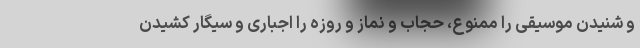
و شنیدن موسیقی را ممنوع، حجاب و نماز و روزه را اجباری و سیگار کشیدن